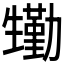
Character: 𤯺